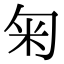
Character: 匊